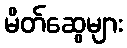
မိတ်ဆွေများ